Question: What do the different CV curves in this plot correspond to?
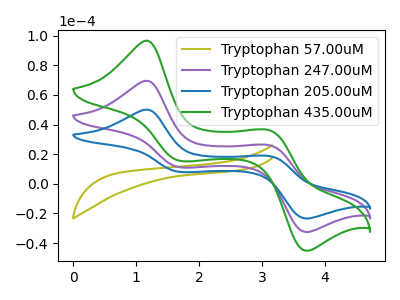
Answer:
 <answer>The olive curve is labeled "Tryptophan 57.00uM". The purple curve is labeled "Tryptophan 247.00uM". The blue curve is labeled "Tryptophan 205.00uM". The green curve is labeled "Tryptophan 435.00uM".</answer>
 <eval></eval>